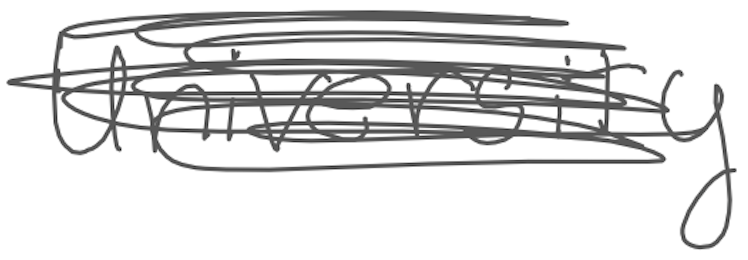
Text: University
Cross-out: scratch
Writing tool: digital_gray